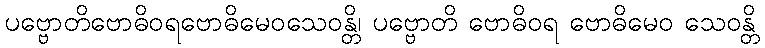
ပဗ္ဗောတိဗောဓိဝရဗောဓိမေဝသေဝန္တိ၊ ပဗ္ဗောတိ ဗောဓိဝရ ဗောဓိမေဝ သေဝန္တိ